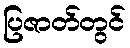
ပြဇာတ်တွင်